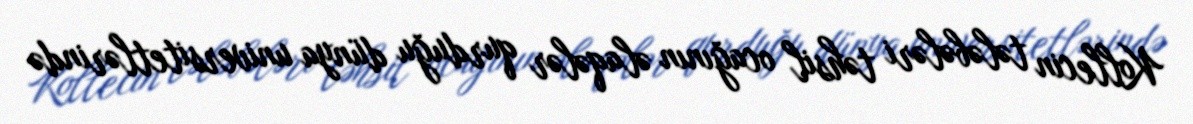
Kollecin tələbələri təhsil ocağının əlaqələr qurduğu dünya universitetlərində